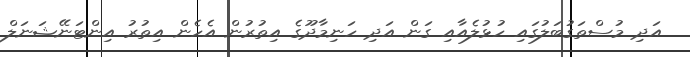
އަދި މުސްތަގުބަލުގައި ހުޅުލެއާއި ގަން އަދި ހަނިމާދޫގެ އިތުރުން އެހެން އިތުރު އިންޓަނޭޝަނަލް